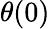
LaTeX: \theta(0)